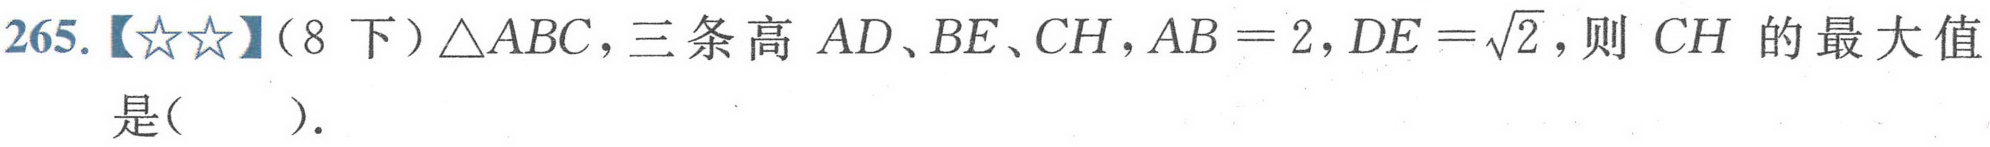
265.【★★】（8下）\(\triangle ABC\)，三条高 \(AD、BE、CH\)，\(AB = 2\)，\(DE=\sqrt{2}\)，则 \(CH\) 的最大值是(  ).